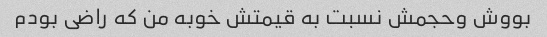
بووش وحجمش نسبت به قیمتش خوبه من که راضی بودم